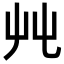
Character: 𡴂